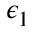
\epsilon _ { 1 }